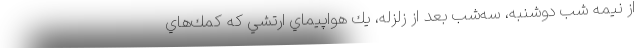
از نيمه شب دوشنبه، سه‌شب بعد از زلزله، يك هواپيماي ارتشي كه كمك‌هاي